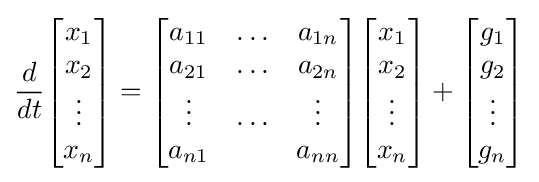
{\frac {d}{dt}}{\begin{bmatrix}x_{1}\\x_{2}\\\vdots \\x_{n}\end{bmatrix}}={\begin{bmatrix}a_{11}&\ldots &a_{1n}\\a_{21}&\ldots &a_{2n}\\\vdots &\ldots &\vdots \\a_{n1}&&a_{nn}\end{bmatrix}}{\begin{bmatrix}x_{1}\\x_{2}\\\vdots \\x_{n}\end{bmatrix}}+{\begin{bmatrix}g_{1}\\g_{2}\\\vdots \\g_{n}\end{bmatrix}}